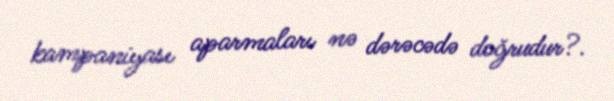
kampaniyası aparmaları nə dərəcədə doğrudur?.